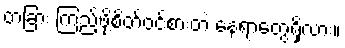
တခြား ကြည့်ဖို့စိတ်ဝင်စားတဲ့ နေရာတွေရှိလား။